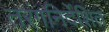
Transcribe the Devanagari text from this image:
तरंगनिर्देशित